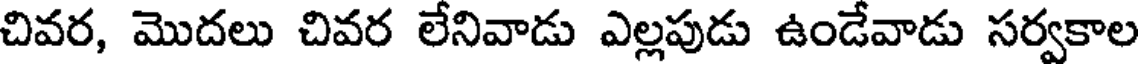
చివర, మొదలు చివర లేనివాడు ఎల్లపుడు ఉండేవాడు సర్వకాల